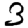
Digit: 3